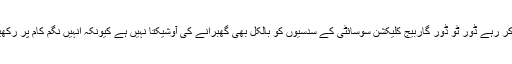
انہوں نے سپشٹ کیا کی شہر میں بیتے کئی سالوں سے کام کر رہے ڈور ٹو ڈور گاربیج کلیک‍شن سوسائٹی کے سدس‍یوں کو بالکل بھی گھبرانے کی آوشیکتا نہیں ہے کیونکہ انہیں نگم کام پر رکھیگا اور وہ لوگ ٹھیکیدار کے شوشن سے بھی بچے رہینگے۔